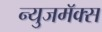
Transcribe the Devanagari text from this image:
न्युजमॅक्स